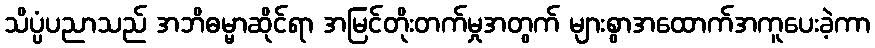
သိပ္ပံပညာသည် အဘိဓမ္မာဆိုင်ရာ အမြင်တိုးတက်မှုအတွက် များစွာအထောက်အကူပေးခဲ့ကာ